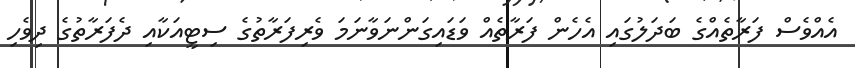
އެއްވެސް ފަރާތެއްގެ ބަދަލުގައި އެހެން ފަރާތެއް ވަޑައިގަންނަވާނަމަ ވެރިފަރާތުގެ ސިޓީއަކާއި ދެފަރާތުގެ ދިވެހި